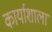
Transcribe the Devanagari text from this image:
कार्याशाला